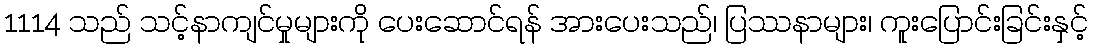
1114 သည် သင့်နာကျင်မှုများကို ပေးဆောင်ရန် အားပေးသည်၊ ပြဿနာများ၊ ကူးပြောင်းခြင်းနှင့်